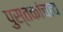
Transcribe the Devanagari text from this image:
पुस्तकांचाच